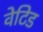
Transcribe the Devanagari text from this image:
वेटिड